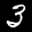
Label: 3